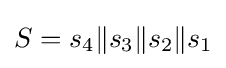
S=s_{4}{\mathcal {k}}s_{3}{\mathcal {k}}s_{2}{\mathcal {k}}s_{1}